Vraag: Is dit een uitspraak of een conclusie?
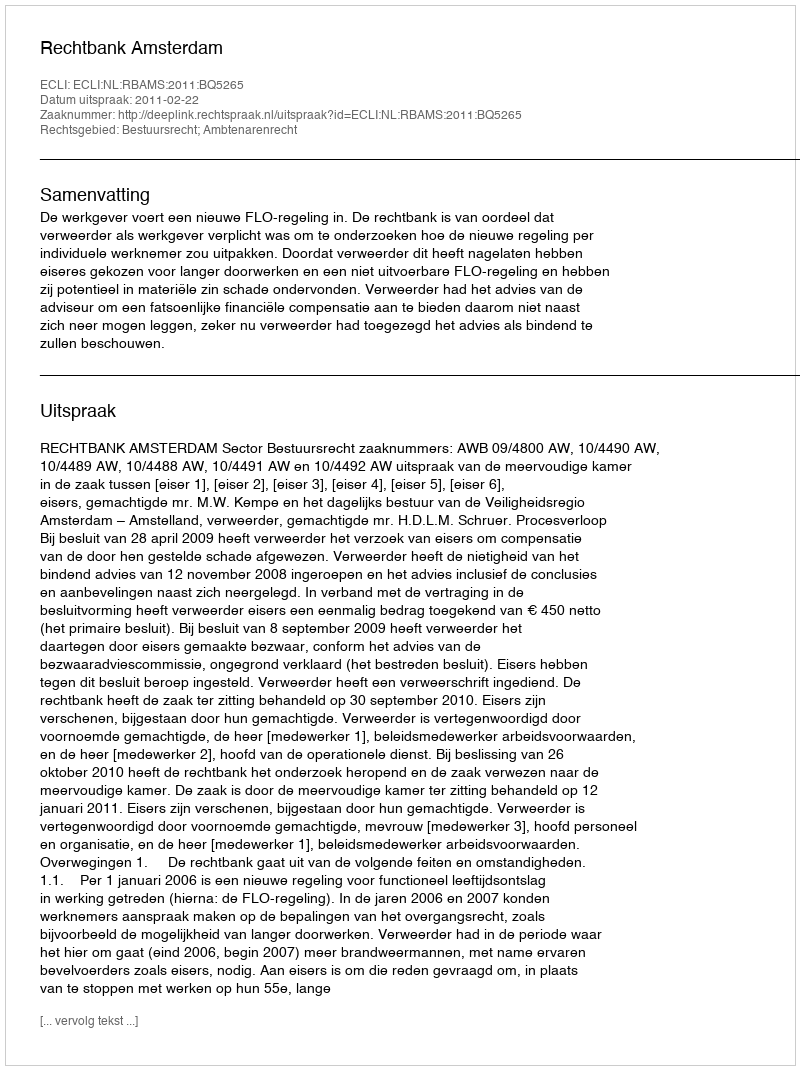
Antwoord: Uitspraak